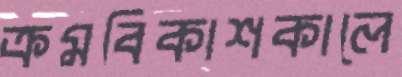
ক্রমবিকাশকালে